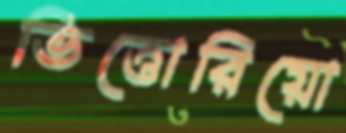
ভিত্তোরিয়ো